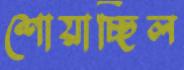
শোয়াচ্ছিল